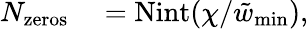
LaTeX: \begin{array}{rl}{N_{\mathrm{zeros}}}&{{}=\mathrm{Nint}(\chi/\tilde{w}_{\mathrm{min}}),}\end{array}